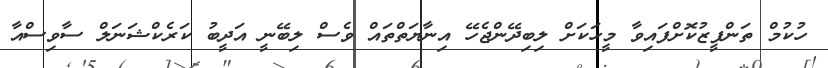
ހުކުމް ތަންފީޒުކޮށްފައިވާ މީހަކަށް ލިބިދޭންޖެހޭ އިނާޔަތްތައް ވެސް ލިބޭނީ އަދީބު ކަރެކްޝަނަލް ސާވިސްއާ